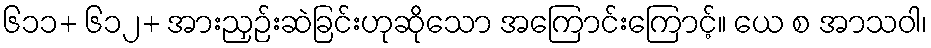
၆၁၁+ ၆၁၂+ အားညှဉ်းဆဲခြင်းဟုဆိုသော အကြောင်းကြောင့်။ ယေ စ အာသဝါ၊